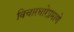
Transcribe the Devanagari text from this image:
विचारधारेप्रमाणे